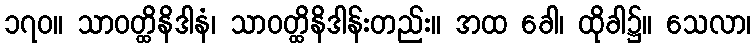
၁၇၀။ သာဝတ္ထိနိဒါနံ၊ သာဝတ္ထိနိဒါန်းတည်း။ အထ ခေါ၊ ထိုခါ၌။ သေလာ၊